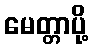
မေတ္တာပို့